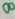
Text: 8